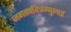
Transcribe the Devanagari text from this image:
जगतपवित्रम्बुलाई